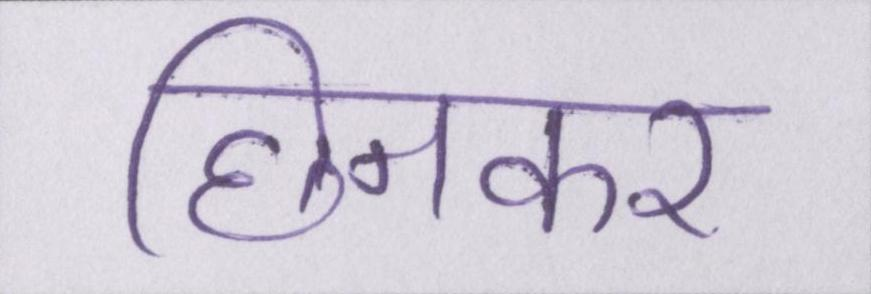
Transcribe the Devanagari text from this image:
छिनकर